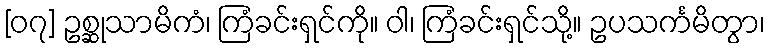
[၀၇] ဥစ္ဆုသာမိကံ၊ ကြံခင်းရှင်ကို။ ဝါ၊ ကြံခင်းရှင်သို့။ ဥပသင်္ကမိတွာ၊